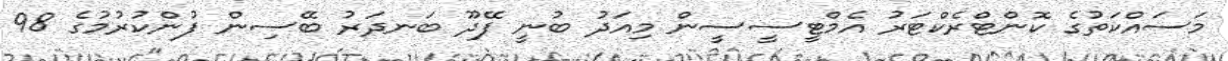
މަސައްކަތުގެ ކޮންޓްރެކްޓަރު އެމްޓީސީސީން މިއަދު ބުނީ ފޭދޫ ބަނދަރު ބޭސިން ފުންކުރުމުގެ 98